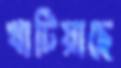
খাটিয়াছে